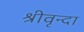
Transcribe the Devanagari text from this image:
श्रीवृन्दा